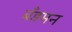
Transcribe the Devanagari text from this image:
बँडमन